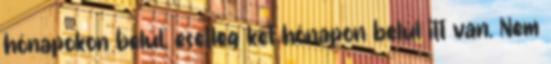
hónapokon belül, esetleg két hónapon belül itt van. Nem